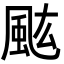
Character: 𩖢